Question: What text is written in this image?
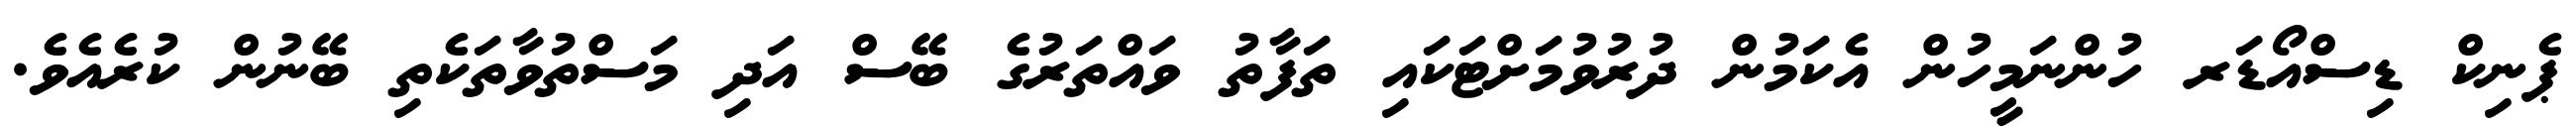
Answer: ޕެނިކް ޑިސްއޯޑަރ ހުންނަމީހުން އެކަމުން ދުރުވުމަށްޓަކައި ތަފާތު ވައްތަރުގެ ބޭސް އަދި މަސްތުވާތަކެތި ބޭނުން ކުރެއެވެ.